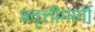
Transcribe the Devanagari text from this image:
प्रवृत्तीमार्गी